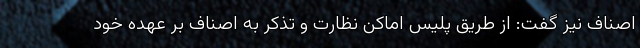
اصناف نیز گفت: از طریق پلیس اماکن نظارت و تذکر به اصناف بر عهده خود